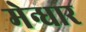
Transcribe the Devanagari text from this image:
मेन्धार